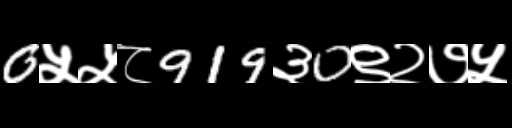
Text: 0५५८919३0९२७५